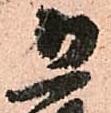
恐